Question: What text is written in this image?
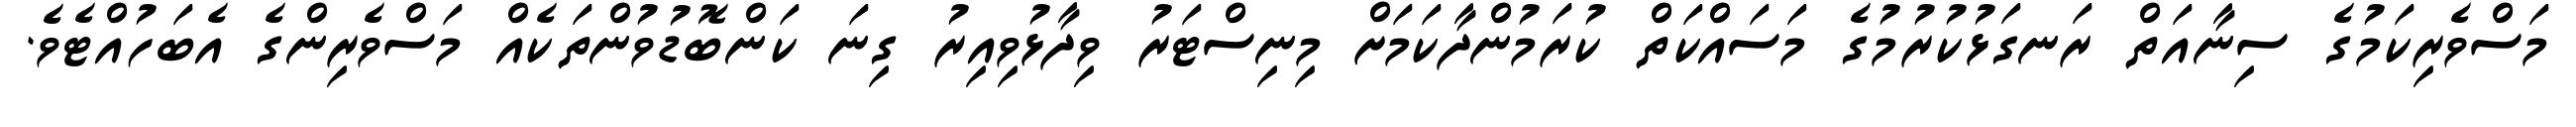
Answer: މަސްވެރިކަމުގެ ސިނާއަތް ރަނގަޅުކުރުމުގެ މަސައްކަތް ކުރަމުންދާކަމަށް މިނިސްޓަރު ވިދާޅުވިއިރު ގިނަ ކަންބޮޑުވުންތަކެއް މަސްވެރިންގެ އެބަހުއްޓެވެ.